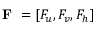
\textbf { F } = [ F _ { u } , F _ { v } , F _ { h } ]